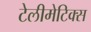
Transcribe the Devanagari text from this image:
टेलीमेटिक्स